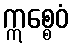
ဣစ္စေဝံ